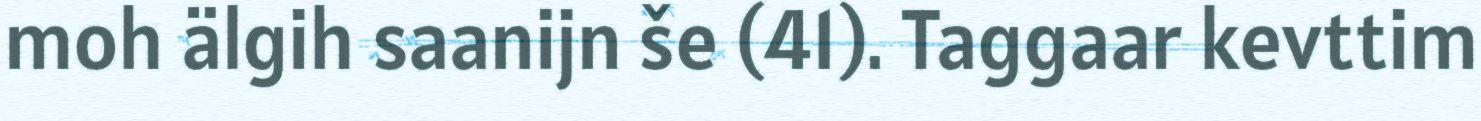
moh älgih saanijn še (41). Taggaar kevttim